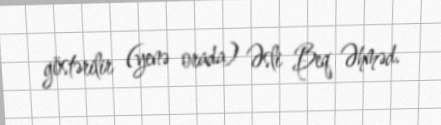
göstərilir (yenə orada) Əsli Beq Əhməd.